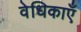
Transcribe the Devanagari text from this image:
वेधिकाएँ